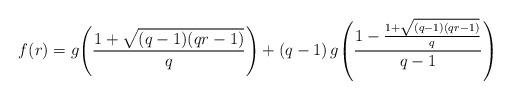
LaTeX: \begin{align*}f(r) = g\!\left(\frac{1 + \sqrt{(q-1)(qr - 1)}}{q}\right) + (q-1) \,g\!\left(\frac{1 - \frac{1 + \sqrt{(q-1)(qr - 1)}}{q}}{q-1}\right) \end{align*}